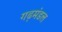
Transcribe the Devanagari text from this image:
गढ़मंडल